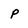
Character: P